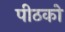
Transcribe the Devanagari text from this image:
पीठको